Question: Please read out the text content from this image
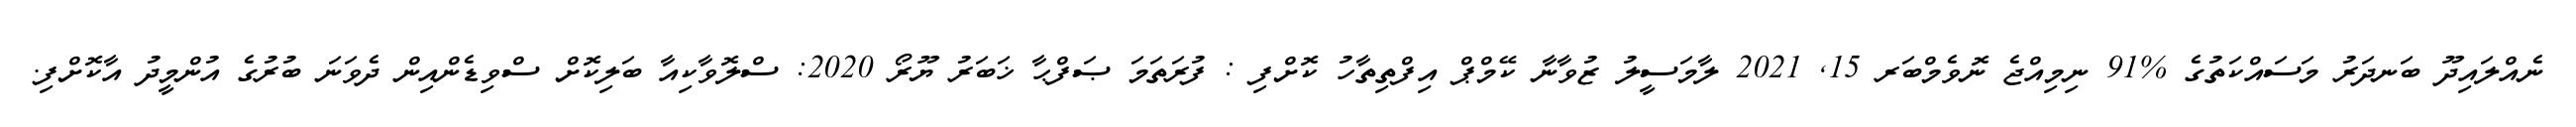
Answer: ނެއްލައިދޫ ބަނދަރު މަސައްކަތުގެ %91 ނިމިއްޖެ ނޮވެމްބަރ 15, 2021 ލާމަސީލު ޒުވާނާ ކޭމްޕް އިފްތިތާހު ކޮށްފި : ފުރަތަމަ ޞަފްޙާ ޚަބަރު ޔޫރޯ 2020: ސްލޮވާކިއާ ބަލިކޮށް ސްވިޑެންއިން ދެވަނަ ބުރުގެ އުންމީދު އާކޮށްފި.